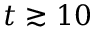
t \gtrsim 1 0